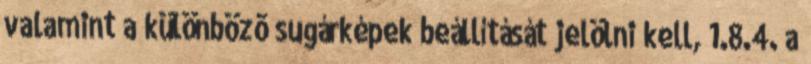
valamint a különbözõ sugárképek beállítását jelölni kell, 1.8.4. a